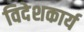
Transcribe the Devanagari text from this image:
विदेशकार्य